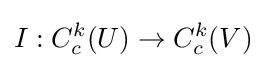
I:C_{c}^{k}(U)\to C_{c}^{k}(V)